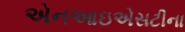
એનઆઇએસટીના